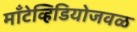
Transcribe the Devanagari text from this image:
माँटेव्हिडियोजवळ